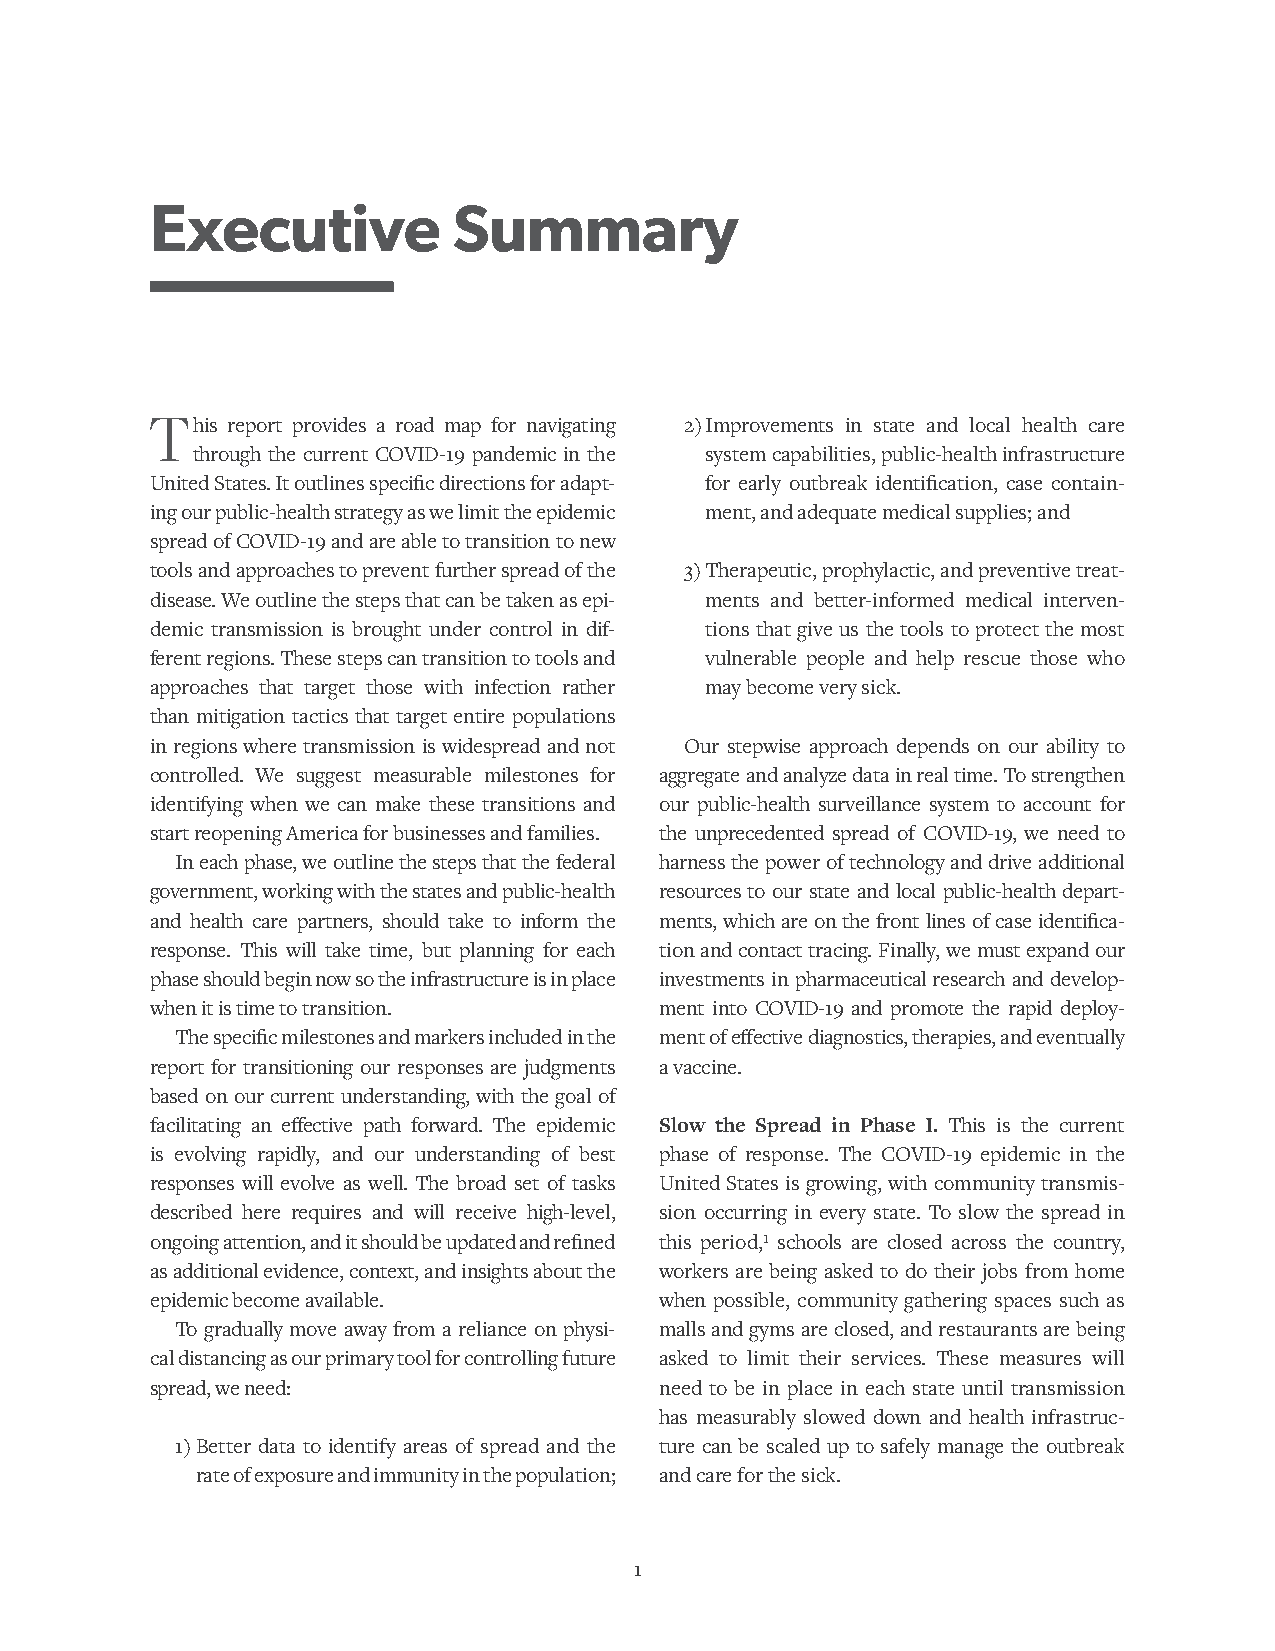
Executive           Summary
 This report provides a road map for navigating 2) Improvements in state and local health care
 through the current COVID-19 pandemic in the system capabilities, public-health infrastructure
 United States. It outlines specific directions for adapt- for early outbreak identification, case contain-
 ing our public-health strategy as we limit the epidemic ment, and adequate medical supplies; and
 spread of COVID-19 and are able to transition to new
 tools and approaches to prevent further spread of the 3) Therapeutic, prophylactic, and preventive treat-
 disease. We outline the steps that can be taken as epi- ments and better-informed medical interven-
 demic transmission is brought under control in dif- tions that give us the tools to protect the most
 ferent regions. These steps can transition to tools and vulnerable people and help rescue those who
 approaches that target those with infection rather may become very sick.
 than mitigation tactics that target entire populations
 in regions where transmission is widespread and not Our stepwise approach depends on our ability to
 controlled. We suggest measurable milestones for aggregate and analyze data in real time. To strengthen
 identifying when we can make these transitions and our public-health surveillance system to account for
 start reopening America for businesses and families. the unprecedented spread of COVID-19, we need to
 In each phase, we outline the steps that the federal harness the power of technology and drive additional
 government, working with the states and public-health resources to our state and local public-health depart-
 and health care partners, should take to inform the ments, which are on the front lines of case identifica-
 response. This will take time, but planning for each tion and contact tracing. Finally, we must expand our
 phase should begin now so the infrastructure is in place investments in pharmaceutical research and develop-
 when it is time to transition.    ment into COVID-19 and promote the rapid deploy-
 The specific milestones and markers included in the ment of effective diagnostics, therapies, and eventually
 report for transitioning our responses are judgments a vaccine.
 based on our current understanding, with the goal of
 facilitating an effective path forward. The epidemic Slow the Spread in Phase I. This is the current
 is evolving rapidly, and our understanding of best phase of response. The COVID-19 epidemic in the
 responses will evolve as well. The broad set of tasks United States is growing, with community transmis-
 described here requires and will receive high-level, sion occurring in every state. To slow the spread in
 ongoing attention, and it should be updated and refined this period,1 schools are closed across the country,
 as additional evidence, context, and insights about the workers are being asked to do their jobs from home
 epidemic become available.        when possible, community gathering spaces such as
 To gradually move away from a reliance on physi- malls and gyms are closed, and restaurants are being
 cal distancing as our primary tool for controlling future asked to limit their services. These measures will
 spread, we need:                  need to be in place in each state until transmission
 has measurably slowed down and health infrastruc-
 1) Better data to identify areas of spread and the ture can be scaled up to safely manage the outbreak
 rate of exposure and immunity in the population; and care for the sick.
 1